Report on the working of the Ranchi Indian Mental Hospital, Kanke, in Bihar and Orissa - 1930-1940
Year: 1930
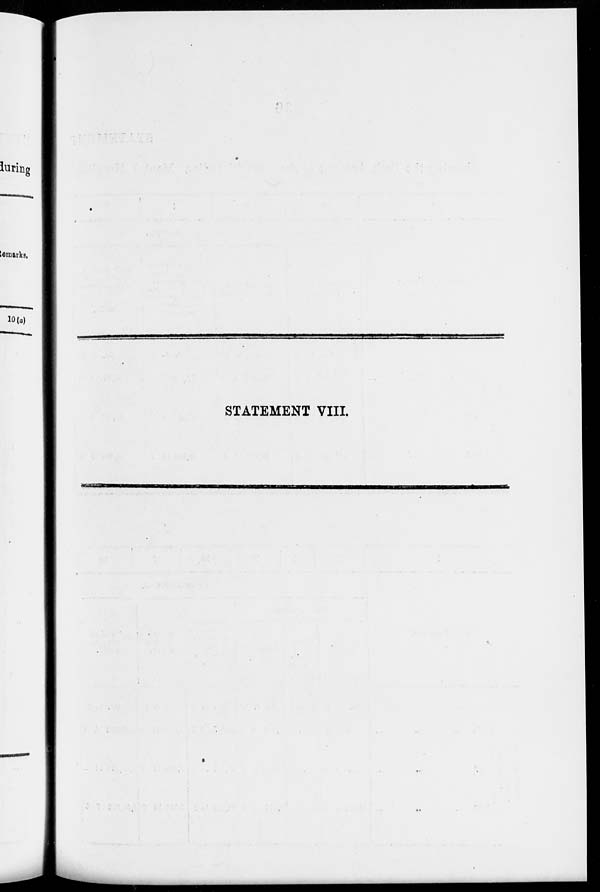
STATEMENT VIII.